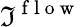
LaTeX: \Im^{\mathrm{~f~l~o~w~}}